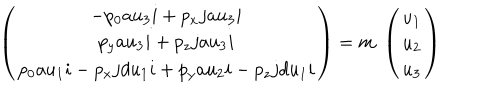
\left( \begin{array} { c } { { - p _ { 0 } a u _ { 3 } i + p _ { x } j a u _ { 3 } i } } \\ { { p _ { y } a u _ { 3 } i + p _ { z } j a u _ { 3 } i } } \\ { { p _ { 0 } a u _ { 1 } i - p _ { x } j d u _ { 1 } i + p _ { y } a u _ { 2 } i - p _ { z } j d u _ { 1 } i } } \\ \end{array} \right) = m \; \left( \begin{array} { c } { { u _ { 1 } } } \\ { { u _ { 2 } } } \\ { { u _ { 3 } } } \\ \end{array} \right)